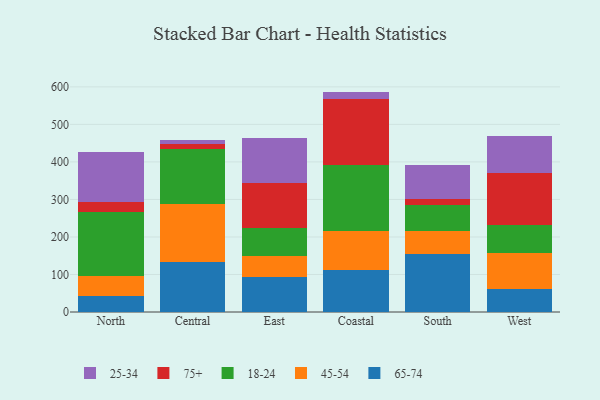
{"axis": {"x": "Region", "y": "Backlog"}, "legend": ["18-24", "25-34", "45-54", "65-74", "75+"], "data": [{"x": "North", "y": 43.5, "type": "65-74"}, {"x": "North", "y": 53.0, "type": "45-54"}, {"x": "North", "y": 171.3, "type": "18-24"}, {"x": "North", "y": 26.5, "type": "75+"}, {"x": "North", "y": 132.3, "type": "25-34"}, {"x": "Central", "y": 133.3, "type": "65-74"}, {"x": "Central", "y": 154.8, "type": "45-54"}, {"x": "Central", "y": 146.0, "type": "18-24"}, {"x": "Central", "y": 12.8, "type": "75+"}, {"x": "Central", "y": 10.3, "type": "25-34"}, {"x": "East", "y": 94.0, "type": "65-74"}, {"x": "East", "y": 54.0, "type": "45-54"}, {"x": "East", "y": 76.9, "type": "18-24"}, {"x": "East", "y": 119.9, "type": "75+"}, {"x": "East", "y": 118.6, "type": "25-34"}, {"x": "Coastal", "y": 111.6, "type": "65-74"}, {"x": "Coastal", "y": 104.5, "type": "45-54"}, {"x": "Coastal", "y": 176.9, "type": "18-24"}, {"x": "Coastal", "y": 175.2, "type": "75+"}, {"x": "Coastal", "y": 19.2, "type": "25-34"}, {"x": "South", "y": 153.5, "type": "65-74"}, {"x": "South", "y": 61.6, "type": "45-54"}, {"x": "South", "y": 69.0, "type": "18-24"}, {"x": "South", "y": 15.9, "type": "75+"}, {"x": "South", "y": 91.5, "type": "25-34"}, {"x": "West", "y": 60.6, "type": "65-74"}, {"x": "West", "y": 95.4, "type": "45-54"}, {"x": "West", "y": 77.0, "type": "18-24"}, {"x": "West", "y": 136.9, "type": "75+"}, {"x": "West", "y": 97.9, "type": "25-34"}]}